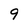
Character: 9